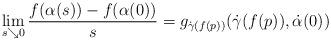
LaTeX: \begin{align*}\lim_{s\searrow 0}\frac{f(\alpha(s))-f(\alpha(0))}{s}=g_{\dot\gamma( f(p) )}(\dot\gamma(f(p) ) ,\dot\alpha(0) )\end{align*}